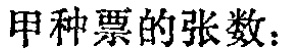
甲种票的张数：